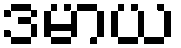
ဒမာယ